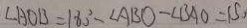
\angle A O B = 1 8 0 ^ { \circ } - \angle A B O - \angle B A O = 1 5 ,